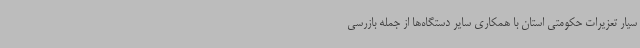
سیار تعزیرات حکومتی استان با همکاری سایر دستگاه‌ها از جمله بازرسی